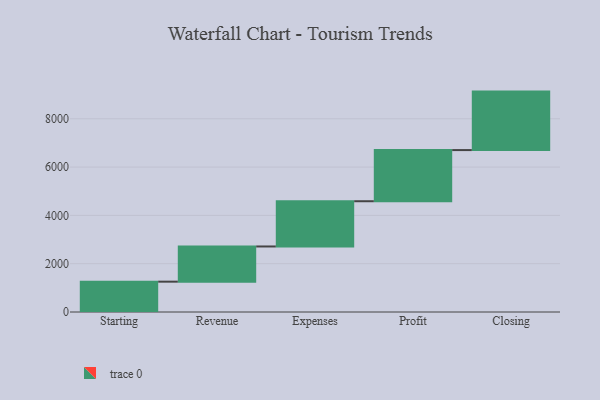
{"axis": {"x": "Step", "y": "Value"}, "legend": [""], "data": [{"x": "Starting", "y": 1256.0, "type": ""}, {"x": "Revenue", "y": 1457.0, "type": ""}, {"x": "Expenses", "y": 1873.0, "type": ""}, {"x": "Profit", "y": 2118.0, "type": ""}, {"x": "Closing", "y": 2421.0, "type": ""}]}